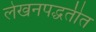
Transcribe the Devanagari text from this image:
लेखनपद्धतीत